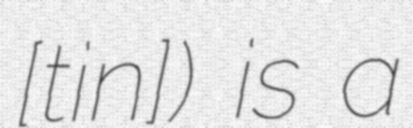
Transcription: [tɾiˈɐnɐ]) is a